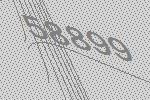
58899